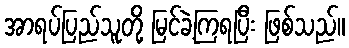
အာရပ်ပြည်သူတို့ မြင်ခဲ့ကြရပြီး ဖြစ်သည်။